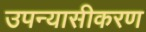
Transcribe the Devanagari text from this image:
उपन्‍यासीकरण